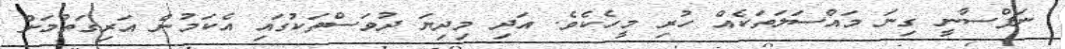
ނަފްސާނީ ގިނަ މައްސަލަތަކެއް ހުރި މީހެކެވެ. އަދި މިދިޔަ ދުވަސްތަކުގައި އެކަމުން އަރިގަތުމަށް